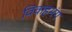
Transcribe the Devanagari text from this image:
विवाहभंग